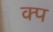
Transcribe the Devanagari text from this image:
क्प